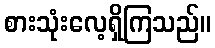
စားသုံးလေ့ရှိကြသည်။